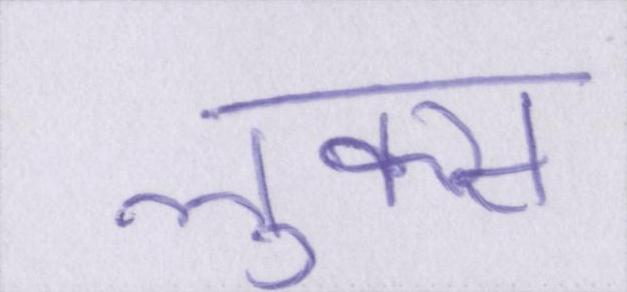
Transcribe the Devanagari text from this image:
लुक्स